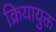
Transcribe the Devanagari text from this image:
क्रियायुक्त